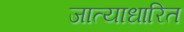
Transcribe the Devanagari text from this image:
जात्याधारित